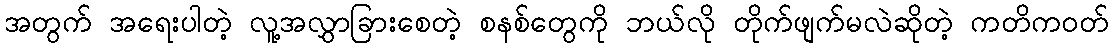
အတွက် အရေးပါတဲ့ လူ့အလွှာခြားစေတဲ့ စနစ်တွေကို ဘယ်လို တိုက်ဖျက်မလဲဆိုတဲ့ ကတိကဝတ်